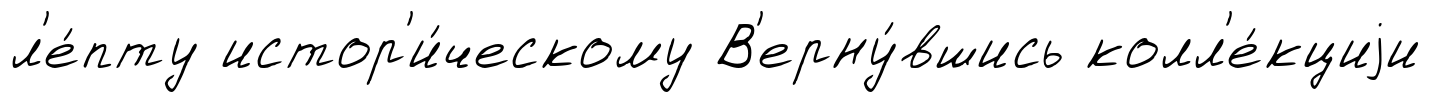
л'е́пту истор'и́ческому В'ерну́вшись колл'е́кциjи